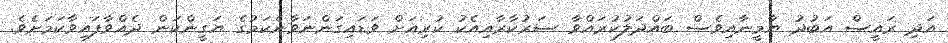
އަދި ރައީސް އަބުދު ޔާމީނާއިވެސް ބައްދަލުކުރައްވާ ސަރުކާރާއިއެކު ކުރިއަށް ވަޑައިގަންނަވާނެކަމުގެ ޔަގީންކަން ދެއްވާފައިވާކަމަށެވެ.